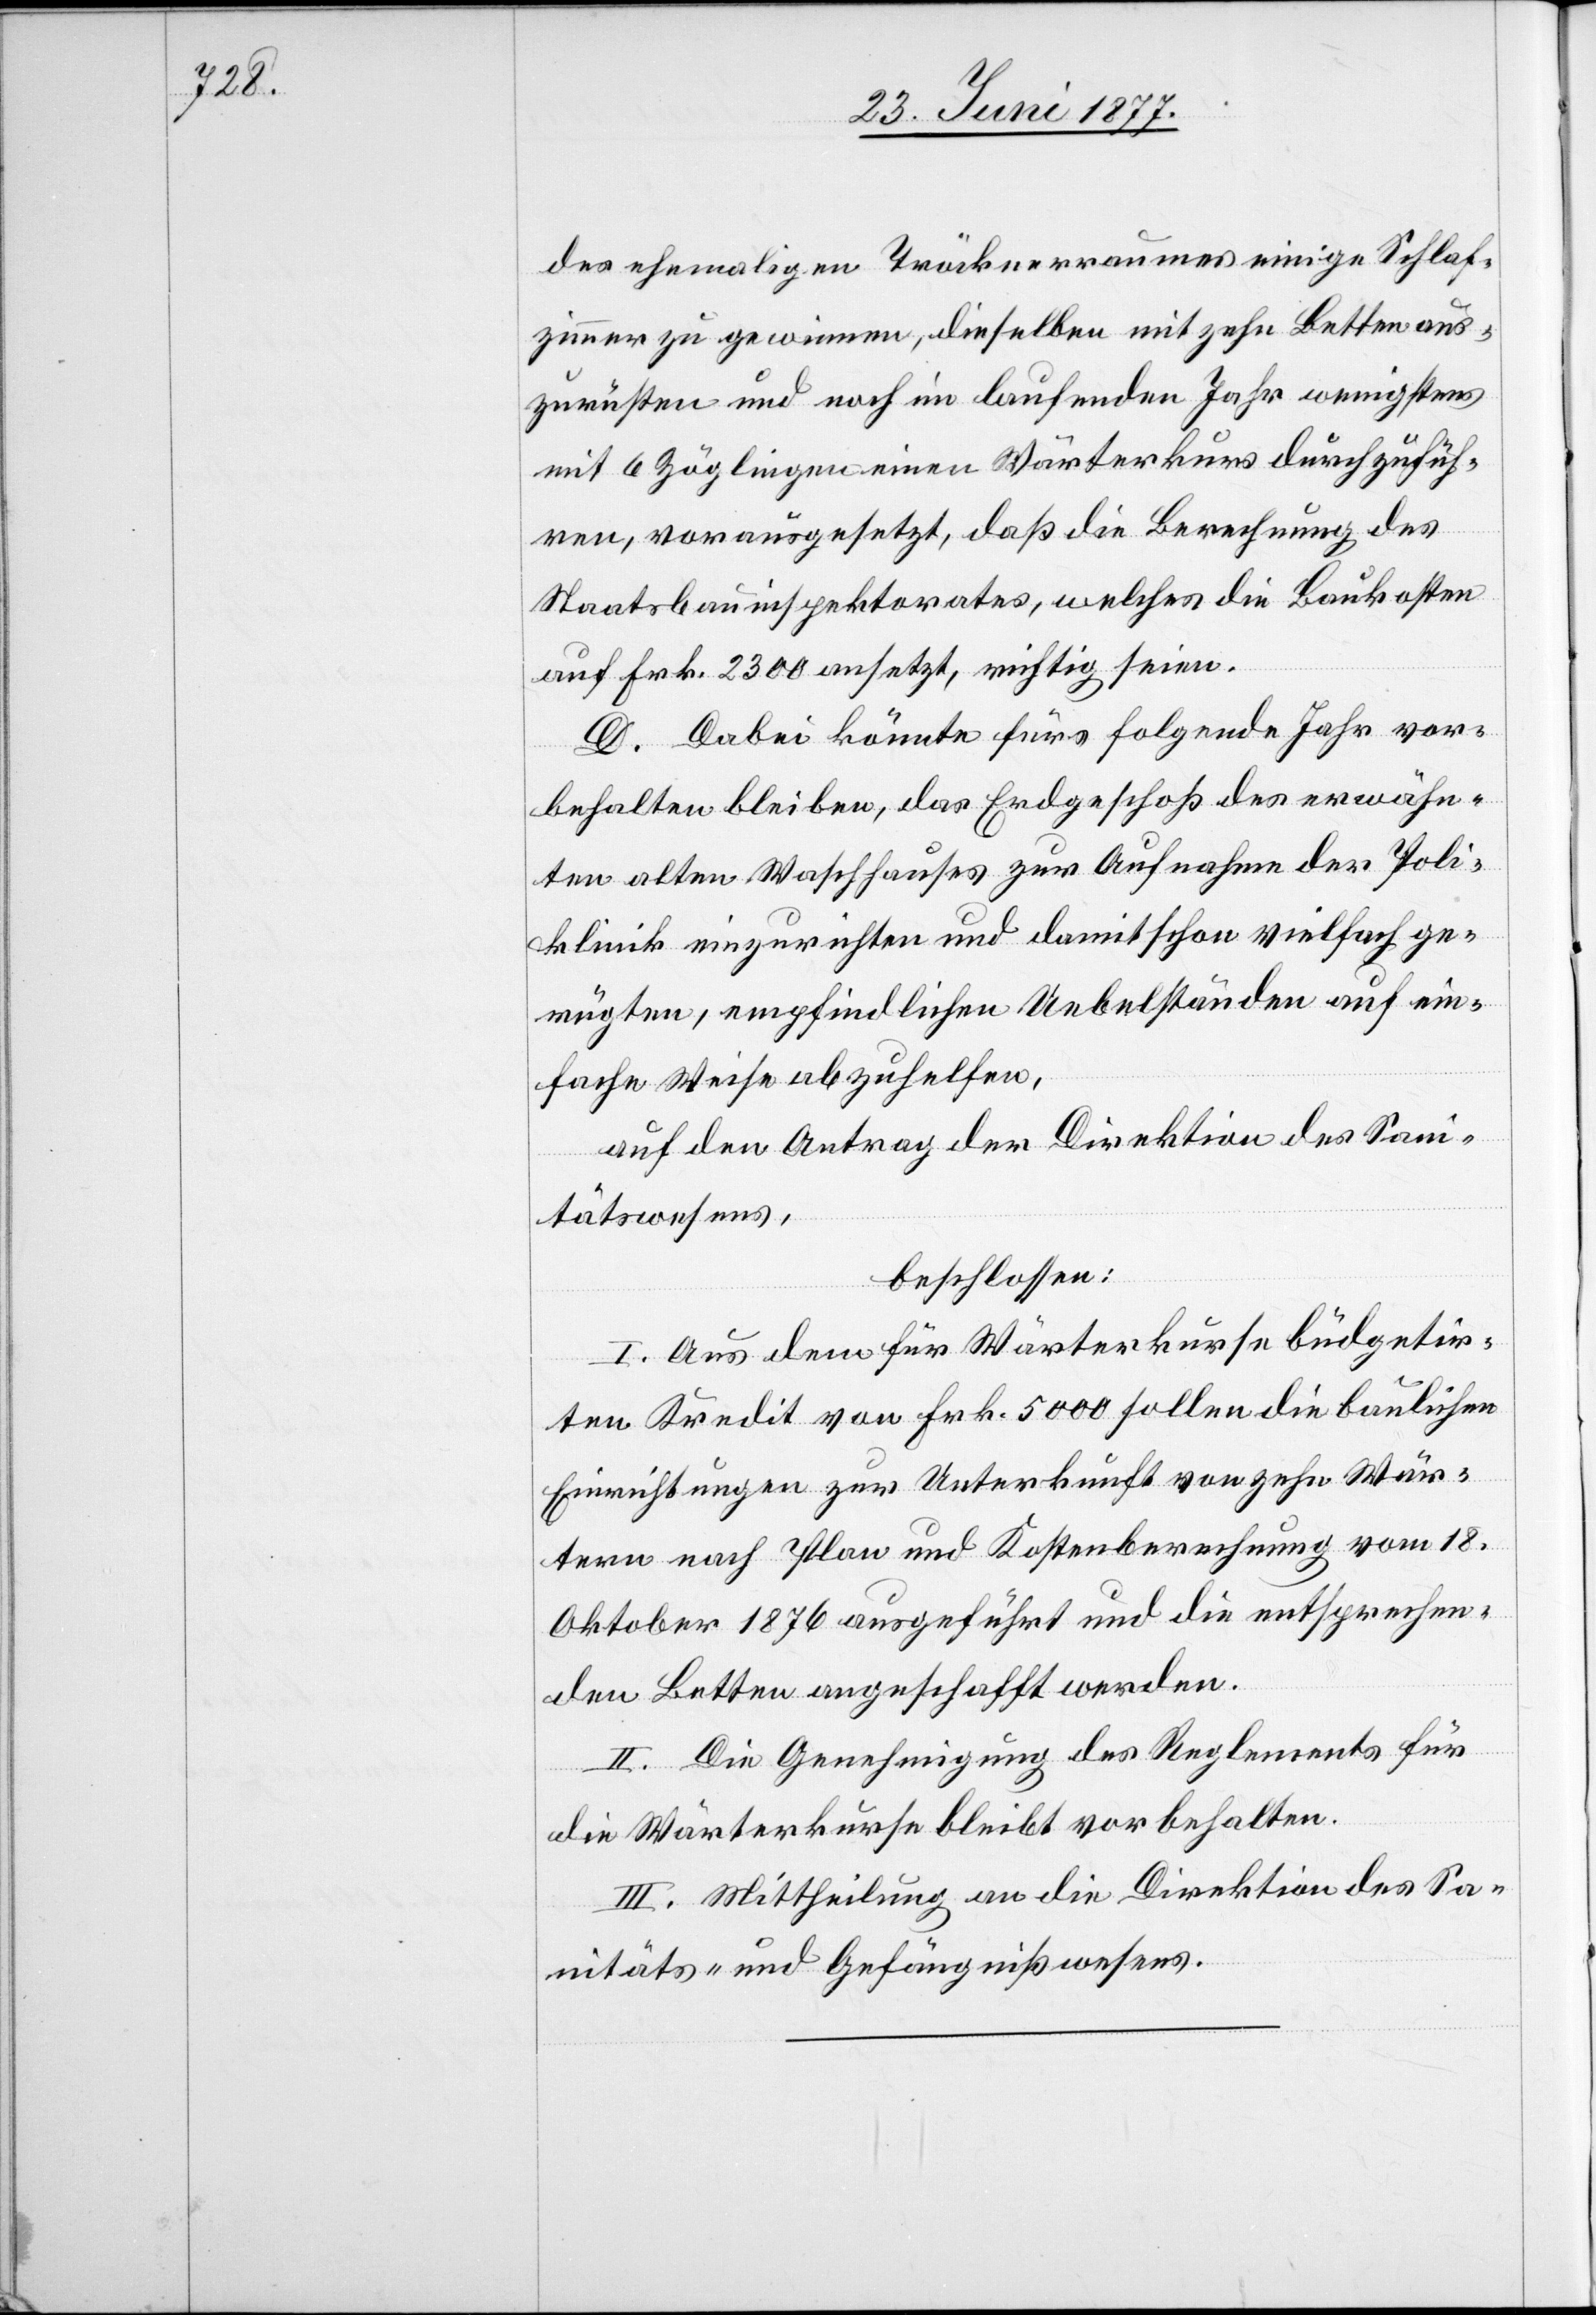
des ehemaligen Tröcknerraumes einige Schlaf¬
zimmer zu gewinnen, dieselben mit zehn Betten aus¬
zurüsten und noch im laufenden Jahr wenigstens
mit 6 Zöglingen einen Wärterkurs durchzufüh¬
ren, vorausgesetzt, daß die Berechnung des
Staatsbauinspektorates, welches die Baukosten
auf Frk. 2300 ansetzt, richtig seien
D. Dabei könnte fürs folgende Jahr vor¬
behalten bleiben, das Erdgeschoß des erwähn¬
ten alten Waschhauses zur Aufnahme der Poli¬
klinik einzurichten und damit schon vielfach ge¬
rügten, empfindlichen Uebelständen auf ein¬
fache Weise abzuhelfen,
auf den Antrag der Direktion des Sani¬
tätswesens,
beschlossen:
I. Aus dem für Wärterkurse büdgetir¬
ten Kredit von Frk. 5000 sollen die baulichen
Einrichtungen zur Unterkunft von zehn Wär¬
tern nach Plan und Kostenberechnung vom 18.
Oktober 1876 ausgeführt und die entsprechen¬
den Betten angeschafft werden.
II. Die Genehmigung des Reglements für
die Wärterkurse bleibt vorbehalten.
III. Mittheilung an die Direktion des Sa¬
nitäts- und Gefängnißwesens.